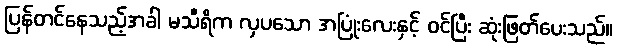
ပြန်တင်နေသည့်အခါ မသီရိက လှပသော အပြုံးလေးနှင့် ဝင်ပြီး ဆုံးဖြတ်ပေးသည်။